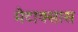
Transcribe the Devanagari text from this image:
मेटाक्सास